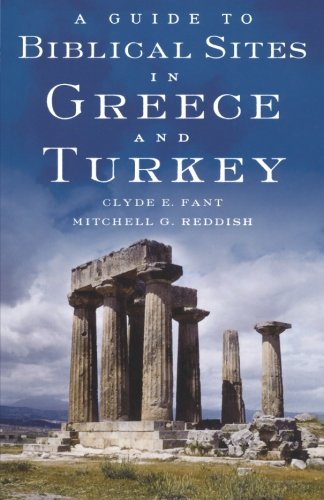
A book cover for A Guide to Biblical Sites in Greece and Turkey; Clyde E. Fant; Travel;